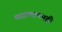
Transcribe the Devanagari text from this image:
व्यवस्थापनही